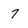
Character: 7